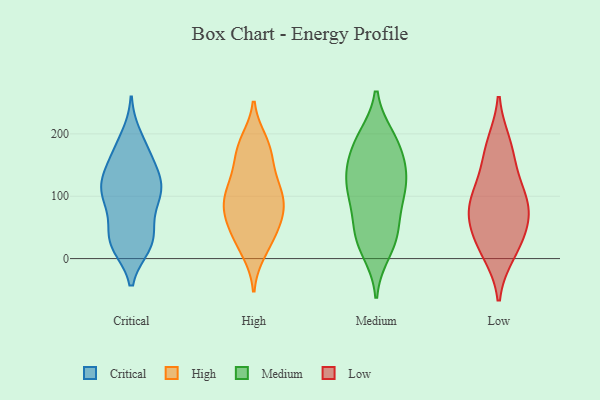
{"axis": {"x": "Demand Index", "y": "Value"}, "legend": ["Critical", "High", "Low", "Medium"], "data": [{"x": "", "y": 178, "type": "Critical"}, {"x": "", "y": 133, "type": "Critical"}, {"x": "", "y": 111, "type": "Critical"}, {"x": "", "y": 115, "type": "Critical"}, {"x": "", "y": 69, "type": "Critical"}, {"x": "", "y": 22, "type": "Critical"}, {"x": "", "y": 93, "type": "Critical"}, {"x": "", "y": 22, "type": "Critical"}, {"x": "", "y": 152, "type": "Critical"}, {"x": "", "y": 29, "type": "Critical"}, {"x": "", "y": 118, "type": "Critical"}, {"x": "", "y": 36, "type": "Critical"}, {"x": "", "y": 146, "type": "Critical"}, {"x": "", "y": 112, "type": "Critical"}, {"x": "", "y": 97, "type": "Critical"}, {"x": "", "y": 103, "type": "Critical"}, {"x": "", "y": 33, "type": "Critical"}, {"x": "", "y": 173, "type": "Critical"}, {"x": "", "y": 26, "type": "Critical"}, {"x": "", "y": 195, "type": "Critical"}, {"x": "", "y": 90, "type": "High"}, {"x": "", "y": 140, "type": "High"}, {"x": "", "y": 36, "type": "High"}, {"x": "", "y": 106, "type": "High"}, {"x": "", "y": 51, "type": "High"}, {"x": "", "y": 46, "type": "High"}, {"x": "", "y": 57, "type": "High"}, {"x": "", "y": 96, "type": "High"}, {"x": "", "y": 188, "type": "High"}, {"x": "", "y": 124, "type": "High"}, {"x": "", "y": 87, "type": "High"}, {"x": "", "y": 75, "type": "High"}, {"x": "", "y": 80, "type": "High"}, {"x": "", "y": 101, "type": "High"}, {"x": "", "y": 137, "type": "High"}, {"x": "", "y": 11, "type": "High"}, {"x": "", "y": 174, "type": "High"}, {"x": "", "y": 16, "type": "High"}, {"x": "", "y": 177, "type": "High"}, {"x": "", "y": 181, "type": "High"}, {"x": "", "y": 193, "type": "Medium"}, {"x": "", "y": 33, "type": "Medium"}, {"x": "", "y": 182, "type": "Medium"}, {"x": "", "y": 37, "type": "Medium"}, {"x": "", "y": 71, "type": "Medium"}, {"x": "", "y": 141, "type": "Medium"}, {"x": "", "y": 108, "type": "Medium"}, {"x": "", "y": 12, "type": "Medium"}, {"x": "", "y": 100, "type": "Medium"}, {"x": "", "y": 119, "type": "Medium"}, {"x": "", "y": 38, "type": "Medium"}, {"x": "", "y": 140, "type": "Medium"}, {"x": "", "y": 167, "type": "Medium"}, {"x": "", "y": 192, "type": "Medium"}, {"x": "", "y": 116, "type": "Medium"}, {"x": "", "y": 77, "type": "Low"}, {"x": "", "y": 169, "type": "Low"}, {"x": "", "y": 80, "type": "Low"}, {"x": "", "y": 70, "type": "Low"}, {"x": "", "y": 10, "type": "Low"}, {"x": "", "y": 42, "type": "Low"}, {"x": "", "y": 182, "type": "Low"}, {"x": "", "y": 102, "type": "Low"}, {"x": "", "y": 120, "type": "Low"}, {"x": "", "y": 20, "type": "Low"}]}